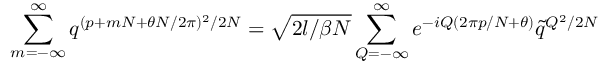
\sum _ { m = - \infty } ^ { \infty } q ^ { ( p + m N + \theta N / 2 \pi ) ^ { 2 } / 2 N } = \sqrt { 2 l / \beta N } \sum _ { Q = - \infty } ^ { \infty } e ^ { - i Q ( 2 \pi p / N + \theta ) } \tilde { q } ^ { Q ^ { 2 } / 2 N }